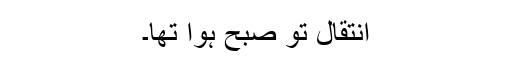
انتقال تو صبح ہوا تھا۔